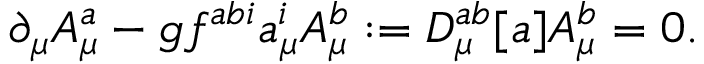
\partial _ { \mu } A _ { \mu } ^ { a } - g f ^ { a b i } a _ { \mu } ^ { i } A _ { \mu } ^ { b } : = D _ { \mu } ^ { a b } [ a ] A _ { \mu } ^ { b } = 0 .